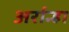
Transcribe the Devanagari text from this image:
अर्रान्हा